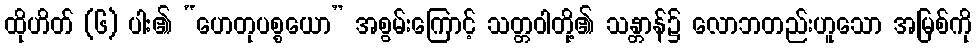
ထိုဟိတ် (၆) ပါး၏ “ဟေတုပစ္စယော” အစွမ်းကြောင့် သတ္တဝါတို့၏ သန္တာန်၌ လောဘတည်းဟူသော အမြစ်ကို